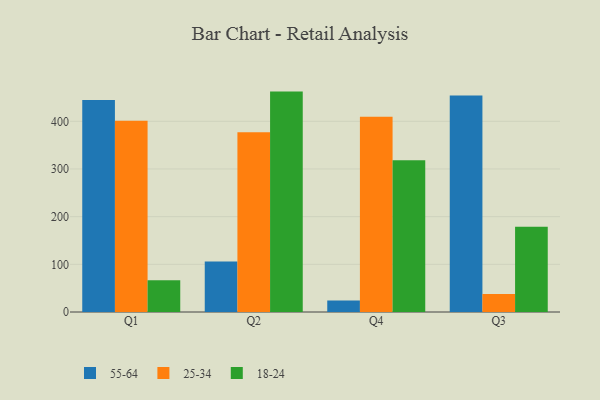
{"axis": {"x": "Quarter", "y": "Revenue (USD Million)"}, "legend": ["18-24", "25-34", "55-64"], "data": [{"x": "Q1", "y": 444.5, "type": "55-64"}, {"x": "Q1", "y": 400.9, "type": "25-34"}, {"x": "Q1", "y": 66.5, "type": "18-24"}, {"x": "Q2", "y": 105.9, "type": "55-64"}, {"x": "Q2", "y": 377.2, "type": "25-34"}, {"x": "Q2", "y": 462.3, "type": "18-24"}, {"x": "Q4", "y": 24.2, "type": "55-64"}, {"x": "Q4", "y": 409.7, "type": "25-34"}, {"x": "Q4", "y": 318.3, "type": "18-24"}, {"x": "Q3", "y": 453.9, "type": "55-64"}, {"x": "Q3", "y": 37.8, "type": "25-34"}, {"x": "Q3", "y": 178.7, "type": "18-24"}]}